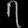
Digit: ၇